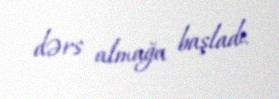
dərs almağa başladı.